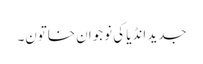
جدید انڈیا کی نوجوان خاتون۔